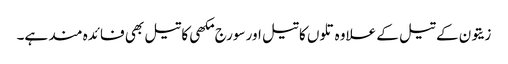
زیتون کے تیل کے علاوہ تلوں کا تیل اور سورج مکھی کا تیل بھی فائدہ مند ہے۔